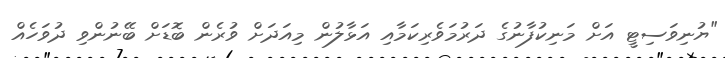
"ޔުނިވަސިޓީ އަށް މަނިކުފާނުގެ ދަރުމަވެރިކަމާއި އަޅާލުން މިއަދަށް ވުރެން ބޮޑަށް ބޭނުންވި ދުވަހެއް